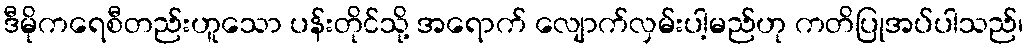
ဒီမိုကရေစီတည်းဟူသော ပန်းတိုင်သို့ အရောက် လျောက်လှမ်းပါ့မည်ဟု ကတိပြုအပ်ပါသည်၊